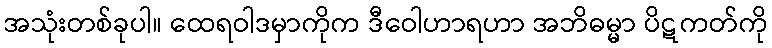
အသုံးတစ်ခုပါ။ ထေရဝါဒမှာကိုက ဒီဝေါဟာရဟာ အဘိဓမ္မာ ပိဋကတ်ကို